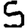
Digit: 5